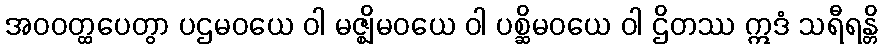
အဝဝတ္ထပေတွာ ပဌမဝယေ ဝါ မဇ္ဈိမဝယေ ဝါ ပစ္ဆိမဝယေ ဝါ ဌိတဿ ဣဒံ သရီရန္တိ